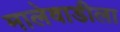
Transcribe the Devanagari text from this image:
मालेवाडीला